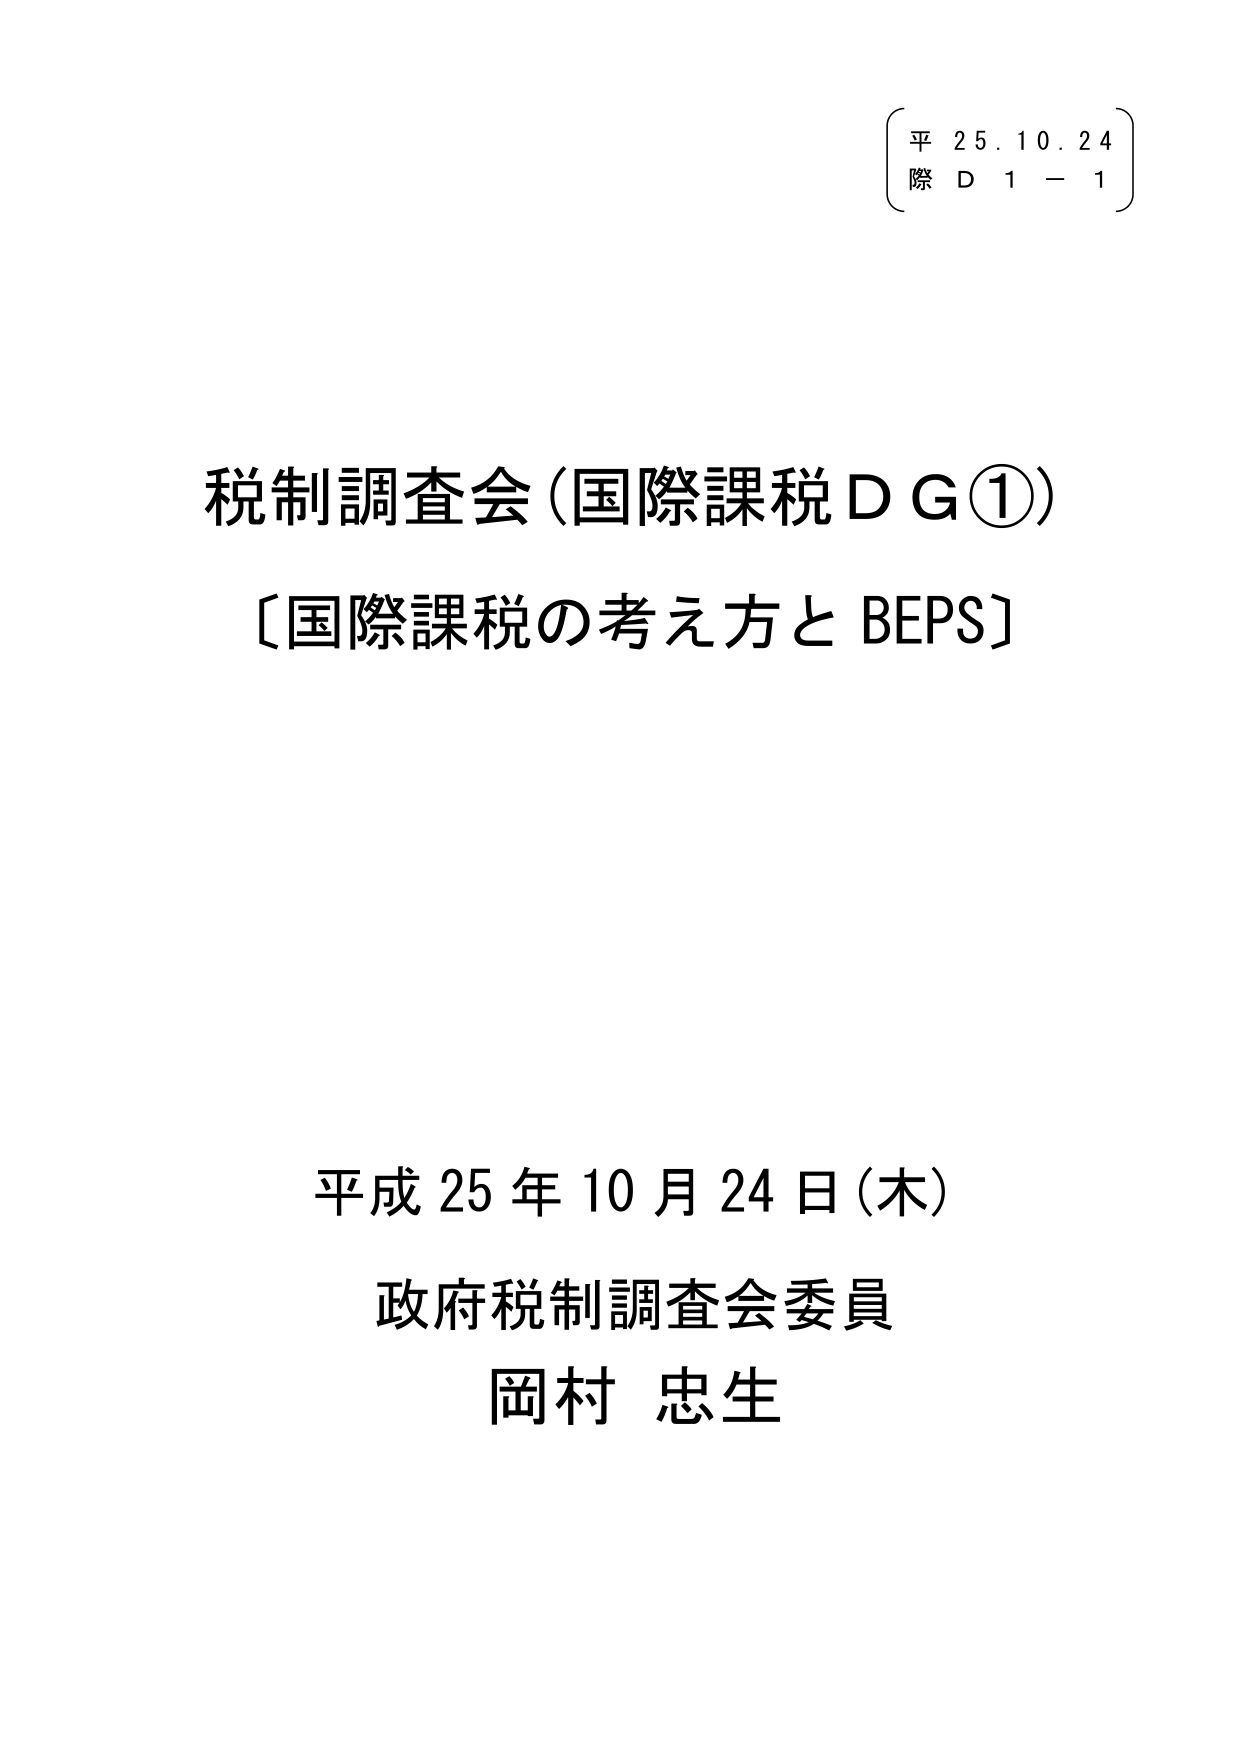
平 25.10.24
際 D 1 - 1

税制調査会（国際課税ＤＧ①）
〔国際課税の考え方と BEPS〕

平成 25 年 10 月 24 日（木）
政府税制調査会委員
岡村 忠生